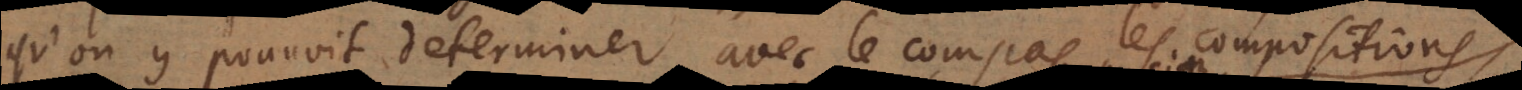
qu’on y pouvoit determiner avec le compas les compositions,